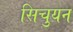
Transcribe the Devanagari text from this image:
सिचुयन